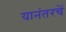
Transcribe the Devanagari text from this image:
यानंतरचें